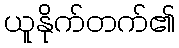
ယူနိုက်တက်၏